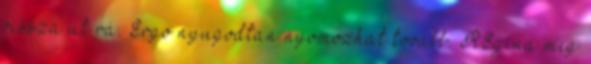
vissza üt rá. Ergo nyugodtan nyomozhat tovább. REgina meg